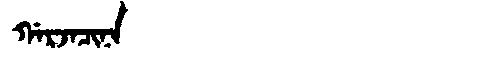
Manchu: ᡤᠠᡵᠵᠠᠴᡳᠨᠠ
Romanization: GARJACINA